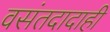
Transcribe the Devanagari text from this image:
वसंतदादाही